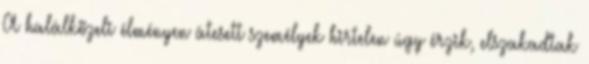
A halálközeli élményen átesett személyek hirtelen úgy érzik, elszakadtak